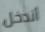
أتدخل